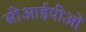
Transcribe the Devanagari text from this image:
सीआईपीओ